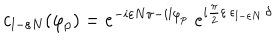
LaTeX: c _ { l - \varepsilon N } ( \varphi _ { p } ) = e ^ { - i \varepsilon N \pi - i l \varphi _ { p } } \; e ^ { i { \frac { \pi } { 2 } } \varepsilon \, \epsilon _ { l - \varepsilon N } \, \delta }